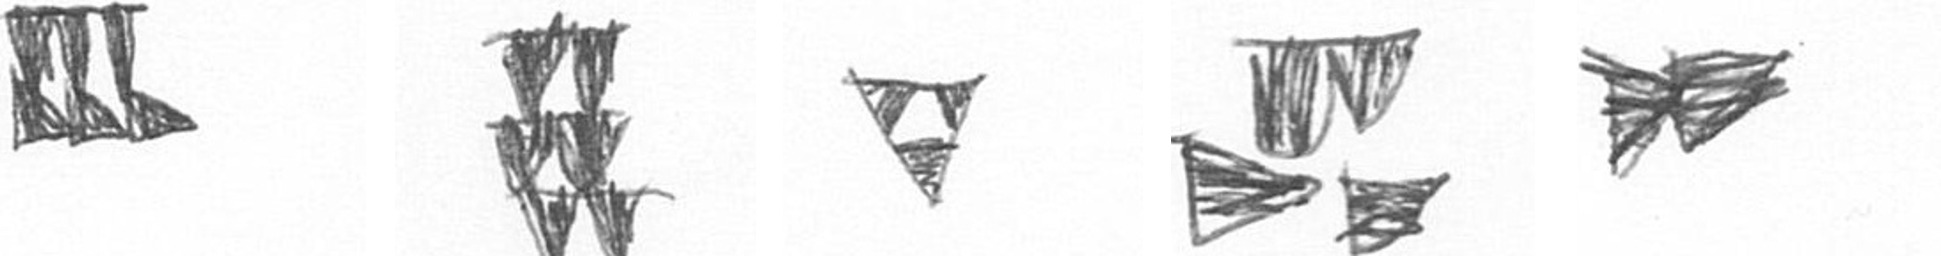
D Y S B A